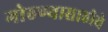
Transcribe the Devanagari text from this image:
गोठण्यासाठीचे